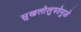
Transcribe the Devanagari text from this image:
सुखलोलुपतेमुळे